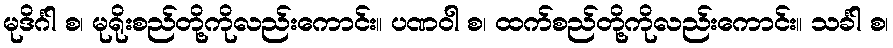
မုဒိင်္ဂါ စ၊ မုရိုးစည်တို့ကိုလည်းကောင်း။ ပဏဝါ စ၊ ထက်စည်တို့ကိုလည်းကောင်း။ သင်္ခါ စ၊